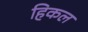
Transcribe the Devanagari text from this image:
हिकल